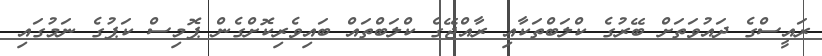
ރައީސްގެ ދައުވަތަށް ބޭރުގެ ކްލަބްތަކާއި ރާއްޖޭގެ ކްލަބްތައް ބައިވެރިކޮށްގެން ޕޮމިސް ކަޕުގެ ނަމުގައި